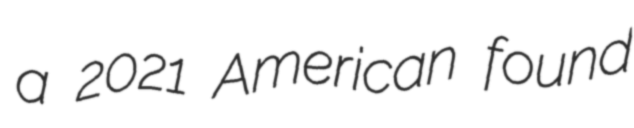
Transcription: a 2021 American found